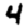
Digit: 4